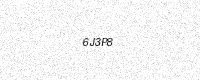
Text: 6J3P8